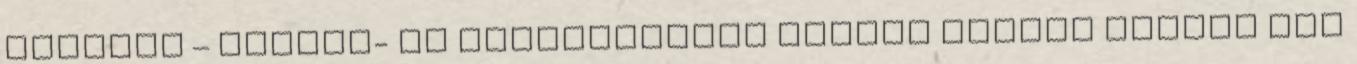
értelem – Iskola- és egyházközeli írások címmel jelent meg